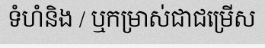
ទំហំនិង / ឬកម្រាស់ជាជម្រើស